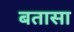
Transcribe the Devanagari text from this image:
बतासा